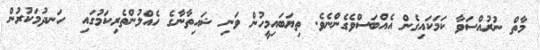
މާތް ނުރުއްސަވާ ކަމަކައިގެން އެއްބަސްވެގެންނެވެ. ތިޔަބައިމީހުން ވަނި ޝައިތާނާގެ ހެއްލުންތެރިކަމުގައި  ހަނދުމަކުރުން